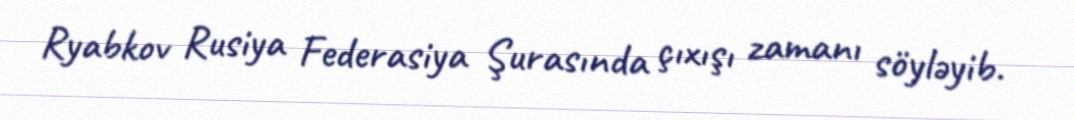
Ryabkov Rusiya Federasiya Şurasında çıxışı zamanı söyləyib.